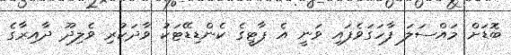
ބޮޑަށް މައްސަލަ ފާހަގަވެފައި ވަނީ އެ ޕާޓީގެ ކެންޑިޑޭޓަކު ވާދަކުރި ވެލިދޫ ދާއިރާގެ